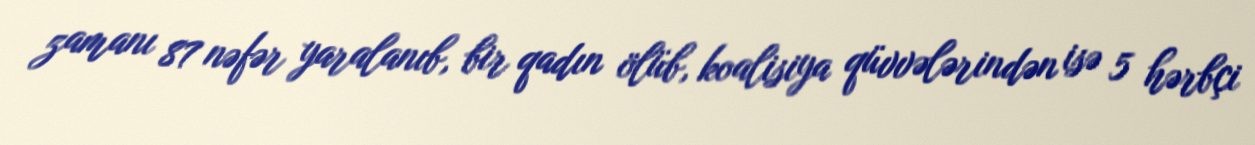
zamanı 87 nəfər yaralanıb, bir qadın ölüb, koalisiya qüvvələrindən isə 5 hərbçi